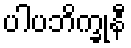
ပါပဘိက္ခုနီ